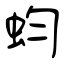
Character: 蚐